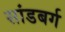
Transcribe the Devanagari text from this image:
सांडबर्ग